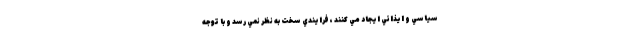
سياسي و ايذائي ايجاد مي كنند ، فرايندي سخت به نظر نمي رسد و با توجه